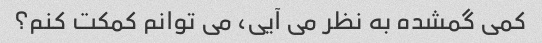
کمی گمشده به نظر می آیی، می توانم کمکت کنم؟